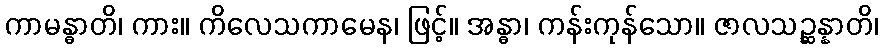
ကာမန္ဓာတိ၊ ကား။ ကိလေသကာမေန၊ ဖြင့်။ အန္ဓာ၊ ကန်းကုန်သော။ ဇာလသဉ္ဆန္နာတိ၊